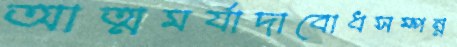
আত্মমর্যাদাবোধসম্পন্ন